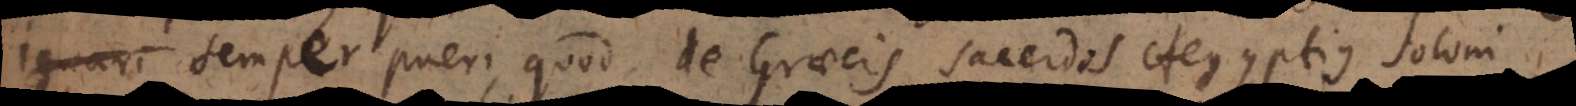
ignari semper pueri, quod de Graecis sacerdos Aegyptius Soloni